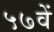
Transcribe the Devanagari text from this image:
५७वें